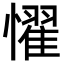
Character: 𢣷